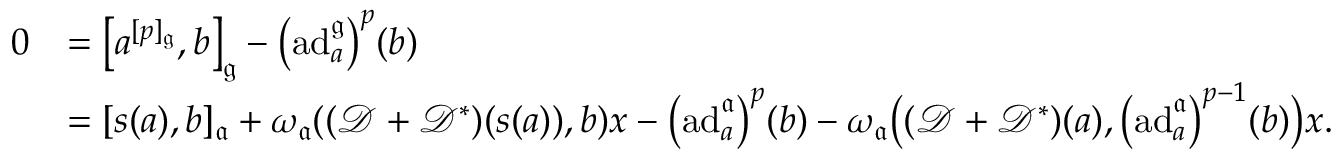
\begin{array} { r l } { 0 } & { = \big [ a ^ { [ p ] _ { \mathfrak { g } } } , b \big ] _ { \mathfrak { g } } - \bigl ( \mathrm { a d } _ { a } ^ { \mathfrak { g } } \bigr ) ^ { p } ( b ) } \\ & { = [ s ( a ) , b ] _ { \mathfrak { a } } + \omega _ { \mathfrak { a } } ( ( { \mathscr D } + { \mathscr D } ^ { * } ) ( s ( a ) ) , b ) x - \bigl ( \mathrm { a d } _ { a } ^ { \mathfrak { a } } \bigr ) ^ { p } ( b ) - \omega _ { \mathfrak { a } } \bigl ( ( { \mathscr D } + { \mathscr D } ^ { * } ) ( a ) , \bigl ( \mathrm { a d } _ { a } ^ { \mathfrak { a } } \bigr ) ^ { p - 1 } ( b ) \bigr ) x . } \end{array}